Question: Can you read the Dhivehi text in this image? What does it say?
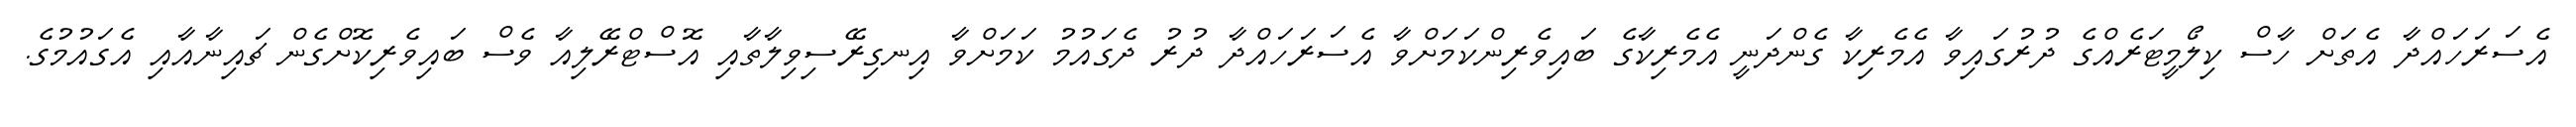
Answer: އެސަރަހައްދާ އެތަށް ހާސް ކިލޯމީޓަރެއްގެ ދުރުގައިވާ އެމެރިކާ ގެންދަނީ އެމެރިކާގެ ބައިވެރިންކަމަށްވާ އެސަރަހައްދާ ދުރު ދެގައުމު ކަމަށްވާ އިނގިރޭސިވިލާތާއި އޮސްޓްރޭލިއާ ވެސް ބައިވެރިކޮށްގެން ޗައިނާއާއި އެގައުމުގެ.